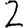
Digit: 2